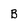
Character: B